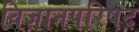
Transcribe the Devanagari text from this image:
विज्ञानपरिषद